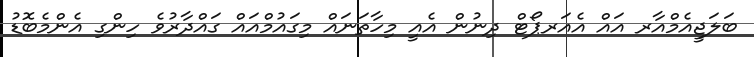
ބަލަޖީއެމްއާރ އައް އެއަރޕޯޓް ދިނުން އެއީ މިހާތަނައް މިގައުމްއައް ގައްދާރުވެ ހިންގި އެންމެބޮޑު